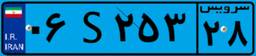
۰۶S۲۵۳۲۸